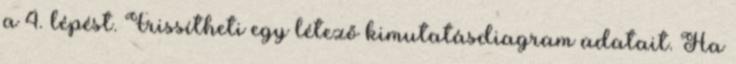
a 4. lépést. Frissítheti egy létező kimutatásdiagram adatait. Ha